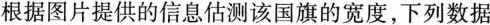
根据图片提供的信息估测该国旗的宽度，下列数据